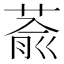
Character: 萮